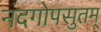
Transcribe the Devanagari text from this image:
नंदगोपसुतम्